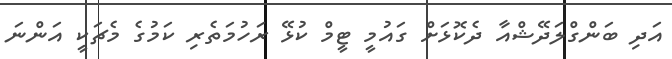
އަދި ބަންގްލަދޭޝްއާ ދެކޮޅަށް ގައުމީ ޓީމް ކުޅޭ ރަހުމަތެރި ކަމުގެ މެޗަކީ އަންނަ